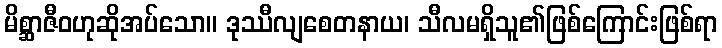
မိစ္ဆာဇီဝဟုဆိုအပ်သော။ ဒုဿီလျစေတနာယ၊ သီလမရှိသူ၏ဖြစ်ကြောင်းဖြစ်ရာ